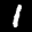
Label: 1